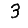
Digit: 3